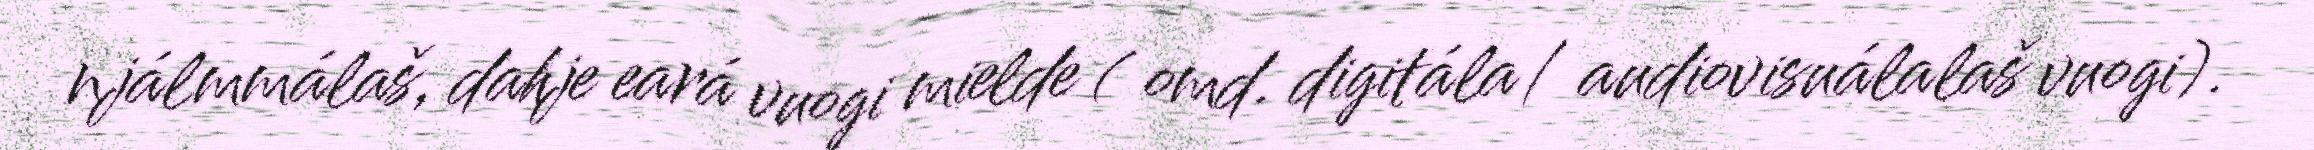
njálmmálaš, dahje eará vuogi mielde ( omd. digitála/ audiovisuálalaš vuogi).